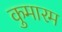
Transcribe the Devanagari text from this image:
कुमारम